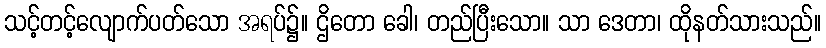
သင့်တင့်လျောက်ပတ်သော အရပ်၌။ ဌိတော ခေါ၊ တည်ပြီးသော။ သာ ဒေတာ၊ ထိုနတ်သားသည်။